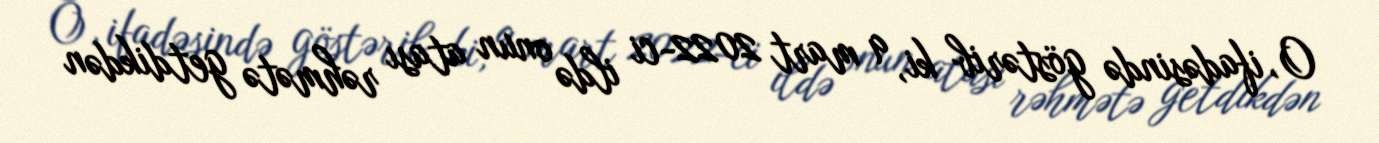
O, ifadəsində göstərib ki, 9 mart 2022-ci ildə onun atası rəhmətə getdikdən